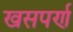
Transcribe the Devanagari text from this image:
खसपर्ण